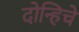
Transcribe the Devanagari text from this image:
दोन्हिचे